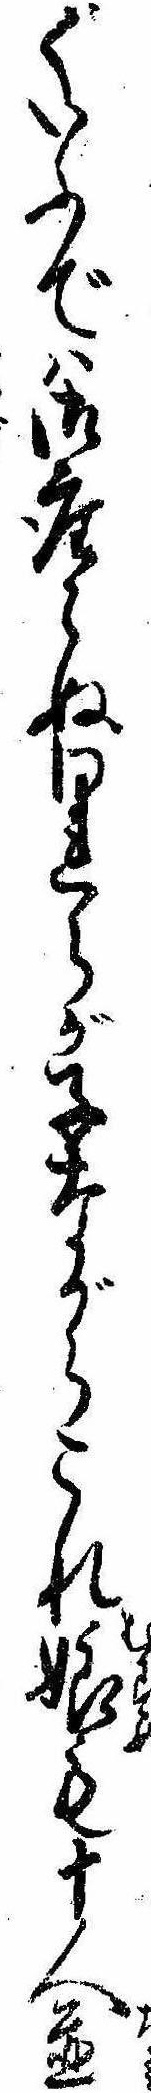
ていふでは御座らぬわれらが子ながらこれ娘も十人並